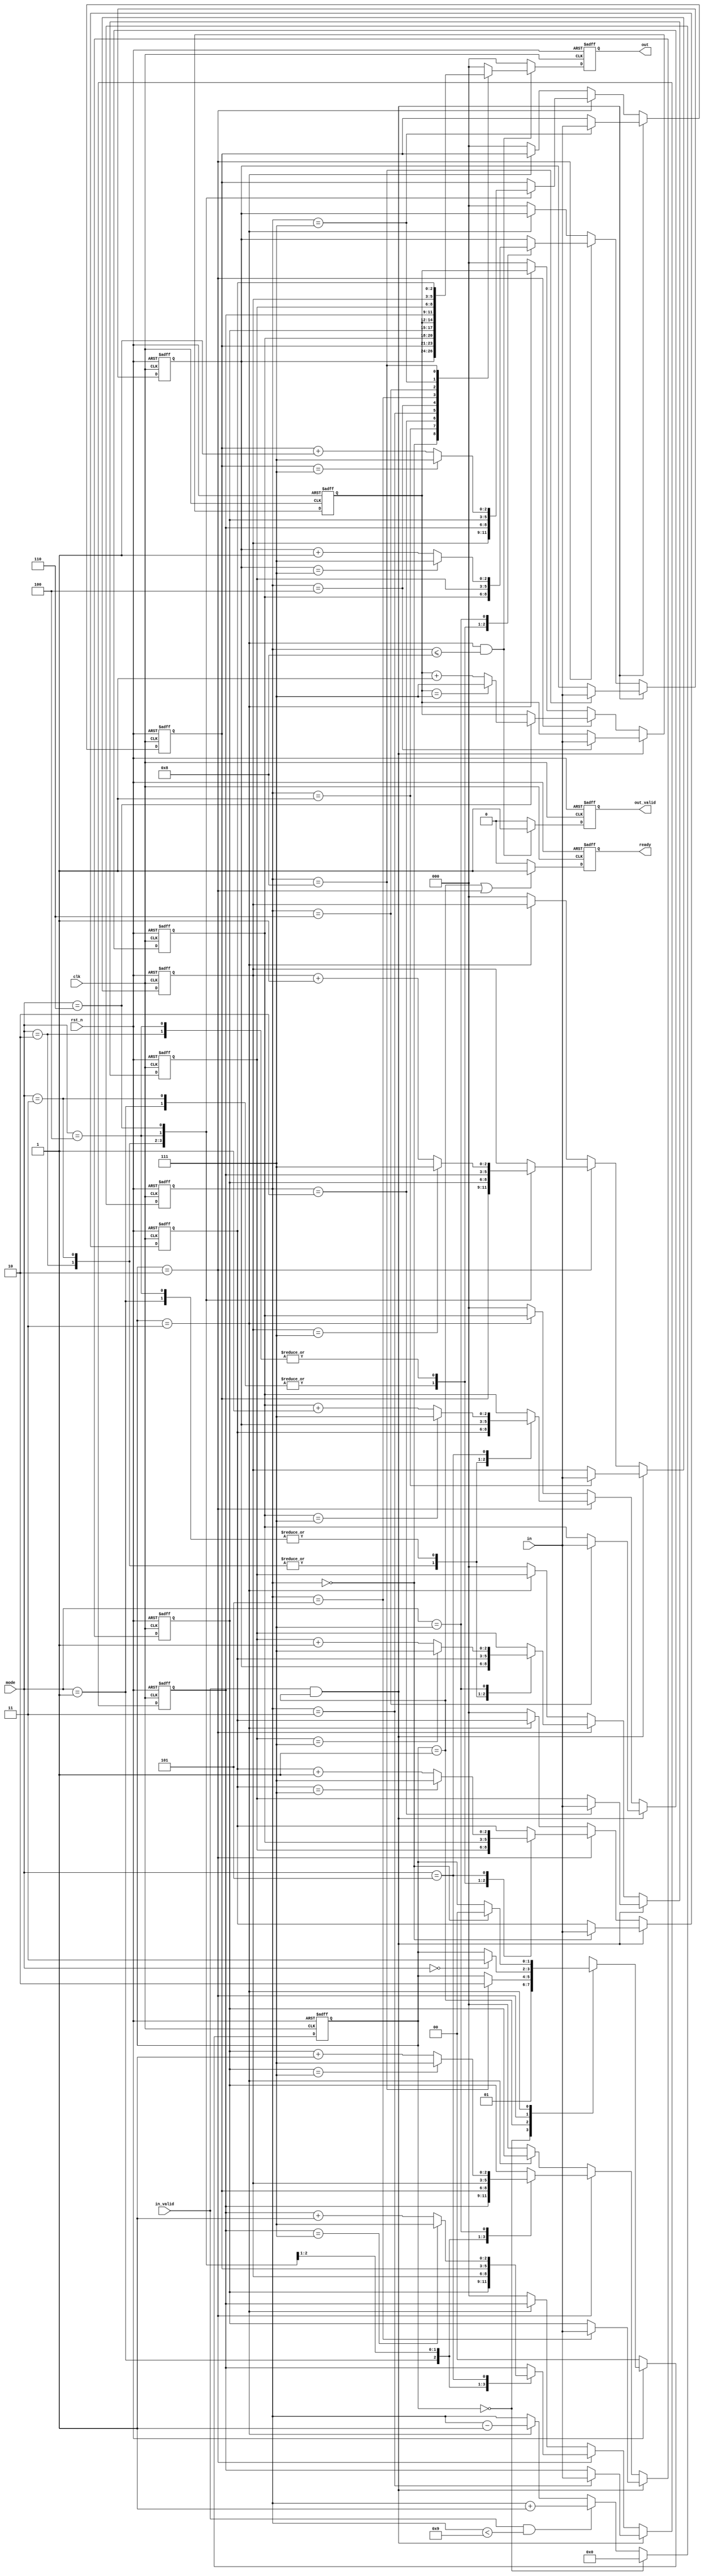
module IMPOR(
        output reg [2:0] out,
        output reg out_valid,
        output reg ready,
        input  [2:0] in,
        input  [2:0] mode,
        input  in_valid,
        input  clk,
        input  rst_n
);



reg [2:0]in_0,in_1,in_2,in_3;
reg [2:0]in_4,in_5,in_6,in_7,in_8;
reg [1:0]current_state,next_state;
reg [3:0]flag;


parameter IDLE=2'd0;
parameter IN=2'd1;
parameter SELECT=2'd2;
parameter OUT=2'd3;


//current_state
always@(posedge clk or negedge rst_n) begin
	if(rst_n==0) current_state<=IDLE;
	else current_state<=next_state;
end

//next_state
always@(*) begin	
	if(rst_n==0) next_state<=IDLE;
	else begin
		case(current_state)
			IDLE: begin
				next_state<=IN;
				//else next_state<=current_state;
			end
			IN: begin
				if(flag==8) next_state<=SELECT;
				else next_state<=current_state;
			end
			SELECT: begin
				if(mode==0)next_state<=OUT;
				else next_state<=current_state;
			end
			OUT: begin
				if(flag==0)next_state<=IDLE;
				else next_state<=current_state;	
			end
			//default:next_state<=current_state;
		endcase
	end	
end
//ready
always@(posedge clk or negedge rst_n) begin
	if(rst_n==0) ready<=0;
	else begin
		if(current_state==IN||current_state==SELECT)ready<=1;
		else ready<=0;
	end
end
//flag
always@(posedge clk or negedge rst_n) begin
	if(rst_n==0) flag<=0;
	else if(current_state==IDLE)flag<=0;
	else if(in_valid==1&&flag<9) flag<=flag+1;
	else if(current_state==OUT)flag<=flag-1;
	else flag<=flag;
end

//out_valid
always@(posedge clk or negedge rst_n) begin
	if(rst_n==0) out_valid<=0;
	else if(current_state==OUT&&flag<=8) out_valid<=1;
	else out_valid<=0;
end
//out
always@(posedge clk or negedge  rst_n) begin
	if(rst_n==0) out<=0;
	else if(current_state==OUT&&flag<=8) begin
		case(flag)
			4'd0:out<=in_8;
			4'd1:out<=in_7;
			4'd2:out<=in_6;
			4'd3:out<=in_5;
			4'd4:out<=in_4;
			4'd5:out<=in_3;
			4'd6:out<=in_2;
			4'd7:out<=in_1;
			4'd8:out<=in_0;
		default:out<=0;
		endcase
	end
	else out<=0;
end

//in0
always@(posedge clk or negedge rst_n) begin
	if(!rst_n)in_0<=0;
	else if(in_valid&&current_state==IN)begin
		case(flag)
			4'd0:in_0<=in;
			default:in_0<=in_0;
		endcase
	end	
	else if(current_state==SELECT)begin
		case(mode)
			3'd1:in_0<=in_2;
			3'd2:in_0<=in_6;
			3'd3:in_0<=in_2;
			3'd4:in_0<=in_6;
			3'd5:if(in_0==7)in_0<=7;else in_0<=in_0+1;
			3'd6:in_0<=in_0;
			3'd7:in_0<=in_0;
			default:in_0<=in_0;
		endcase
	end
	else if(current_state==OUT) in_0<=in_0;
	else in_0<=0;
end
//in1
always@(posedge clk or negedge rst_n) begin
	if(!rst_n)in_1<=0;
	else if(in_valid&&current_state==IN)begin
		case(flag)
			4'd1:in_1<=in;
			default:in_1<=in_1;
		endcase
	end	
	else if(current_state==SELECT)begin
		case(mode)
			3'd1:in_1<=in_1;
			3'd2:in_1<=in_7;
			3'd3:in_1<=in_5;
			3'd4:in_1<=in_3;
			3'd5:in_1<=in_1;
			3'd6:if(in_1==7)in_1<=7;else in_1<=in_1+1;
			3'd7:in_1<=in_1;
			default:in_1<=in_1;
		endcase
	end
	else if(current_state==OUT) in_1<=in_1;
	else in_1<=0;
end
//in2
always@(posedge clk or negedge rst_n) begin
	if(!rst_n)in_2<=0;
	else if(in_valid&&current_state==IN)begin
		case(flag)
			4'd2:in_2<=in;
			default:in_2<=in_2;
		endcase
	end	
	else if(current_state==SELECT)begin
		case(mode)
			3'd1:in_2<=in_0;
			3'd2:in_2<=in_8;
			3'd3:in_2<=in_8;
			3'd4:in_2<=in_0;
			3'd5:in_2<=in_2;
			3'd6:in_2<=in_2;
			3'd7:if(in_2==7)in_2<=7;else in_2<=in_2+1;
			default:in_2<=in_2;
		endcase
	end
	else if(current_state==OUT) in_2<=in_2;
	else in_2<=0;
end
//in3
always@(posedge clk or negedge rst_n) begin
	if(!rst_n)in_3<=0;
	else if(in_valid&&current_state==IN)begin
		case(flag)
			4'd3:in_3<=in;
			default:in_3<=in_3;
		endcase
	end	
	else if(current_state==SELECT)begin
		case(mode)
			3'd1:in_3<=in_5;
			3'd2:in_3<=in_3;
			3'd3:in_3<=in_1;
			3'd4:in_3<=in_7;
			3'd5:if(in_3==7)in_3<=7;else in_3<=in_3+1;
			3'd6:in_3<=in_3;
			3'd7:in_3<=in_3;
			default:in_3<=in_3;
		endcase
	end
	else if(current_state==OUT) in_3<=in_3;
	else in_3<=0;
end
//in4
always@(posedge clk or negedge rst_n) begin
	if(!rst_n)in_4<=0;
	else if(in_valid&&current_state==IN)begin
		case(flag)
			4'd4:in_4<=in;
			default:in_4<=in_4;
		endcase
	end	
	else if(current_state==SELECT)begin
		case(mode)
			3'd1:in_4<=in_4;
			3'd2:in_4<=in_4;
			3'd3:in_4<=in_4;
			3'd4:in_4<=in_4;
			3'd5:in_4<=in_4;
			3'd6:if(in_4==7)in_4<=7;else in_4<=in_4+1;
			3'd7:in_4<=in_4;
			default:in_4<=in_4;
		endcase
	end
	else if(current_state==OUT) in_4<=in_4;
	else in_4<=0;
end
//in5
always@(posedge clk or negedge rst_n) begin
	if(!rst_n)in_5<=0;
	else if(in_valid&&current_state==IN)begin
		case(flag)
			4'd5:in_5<=in;
			default:in_5<=in_5;
		endcase
	end	
	else if(current_state==SELECT)begin
		case(mode)
			3'd1:in_5<=in_3;
			3'd2:in_5<=in_5;
			3'd3:in_5<=in_7;
			3'd4:in_5<=in_1;
			3'd5:in_5<=in_5;
			3'd6:in_5<=in_5;
			3'd7:if(in_5==7)in_5<=7;else in_5<=in_5+1;
			default:in_5<=in_5;
		endcase
	end
	else if(current_state==OUT) in_5<=in_5;
	else in_5<=0;
end
//in6
always@(posedge clk or negedge rst_n) begin
	if(!rst_n)in_6<=0;
	else if(in_valid&&current_state==IN)begin
		case(flag)
			4'd6:in_6<=in;
			default:in_6<=in_6;
		endcase
	end	
	else if(current_state==SELECT)begin
		case(mode)
			3'd1:in_6<=in_8;
			3'd2:in_6<=in_0;
			3'd3:in_6<=in_0;
			3'd4:in_6<=in_8;
			3'd5:if(in_6==7)in_6<=7;else in_6<=in_6+1;
			3'd6:in_6<=in_6;
			3'd7:in_6<=in_6;
			default:in_6<=in_6;
		endcase
	end
	else if(current_state==OUT) in_6<=in_6;
	else in_6<=0;
end
//in7
always@(posedge clk or negedge rst_n) begin
	if(!rst_n)in_7<=0;
	else if(in_valid&&current_state==IN)begin
		case(flag)
			4'd7:in_7<=in;
			default:in_7<=in_7;
		endcase
	end	
	else if(current_state==SELECT)begin
		case(mode)
			3'd1:in_7<=in_7;
			3'd2:in_7<=in_1;
			3'd3:in_7<=in_3;
			3'd4:in_7<=in_5;
			3'd5:in_7<=in_7;
			3'd6:if(in_7==7)in_7<=7;else in_7<=in_7+1;
			3'd7:in_7<=in_7;
			default:in_7<=in_7;
		endcase
	end
	else if(current_state==OUT) in_7<=in_7;
	else in_7<=0;
end
//in8
always@(posedge clk or negedge rst_n) begin
	if(!rst_n)in_8<=0;
	else if(in_valid&&current_state==IN)begin
		case(flag)
			4'd8:in_8<=in;
			default:in_8<=in_8;
		endcase
	end	
	else if(current_state==SELECT)begin
		case(mode)
			3'd1:in_8<=in_6;
			3'd2:in_8<=in_2;
			3'd3:in_8<=in_6;
			3'd4:in_8<=in_2;
			3'd5:in_8<=in_8;
			3'd6:in_8<=in_8;
			3'd7:if(in_8==7)in_8<=7;else in_8<=in_8+1;
			default:in_8<=in_8;
		endcase
	end
	else if(current_state==OUT) in_8<=in_8;
	else in_8<=0;
end


endmodule